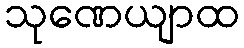
သုဏေယျာထ